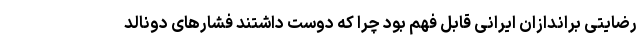
رضایتی براندازان ایرانی قابل فهم بود چرا که دوست داشتند فشارهای دونالد